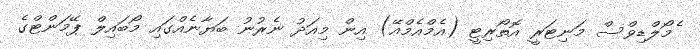
ެމޯލްޑިވްސް މަނިޓަރީ އޮތޯރިޓީ (އެމްއެމްއޭ) އިން މިއަދު ނެރުނު ބަޔާނެއްގައި މޯބައިލް ޕޭމަންޓްގެ